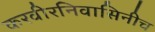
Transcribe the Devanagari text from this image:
करवीरनिवासिनीच